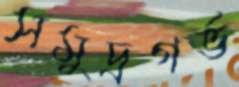
সমুদ্রগর্ভ